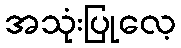
အသုံးပြုလေ့